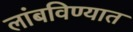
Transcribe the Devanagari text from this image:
लांबविण्यात